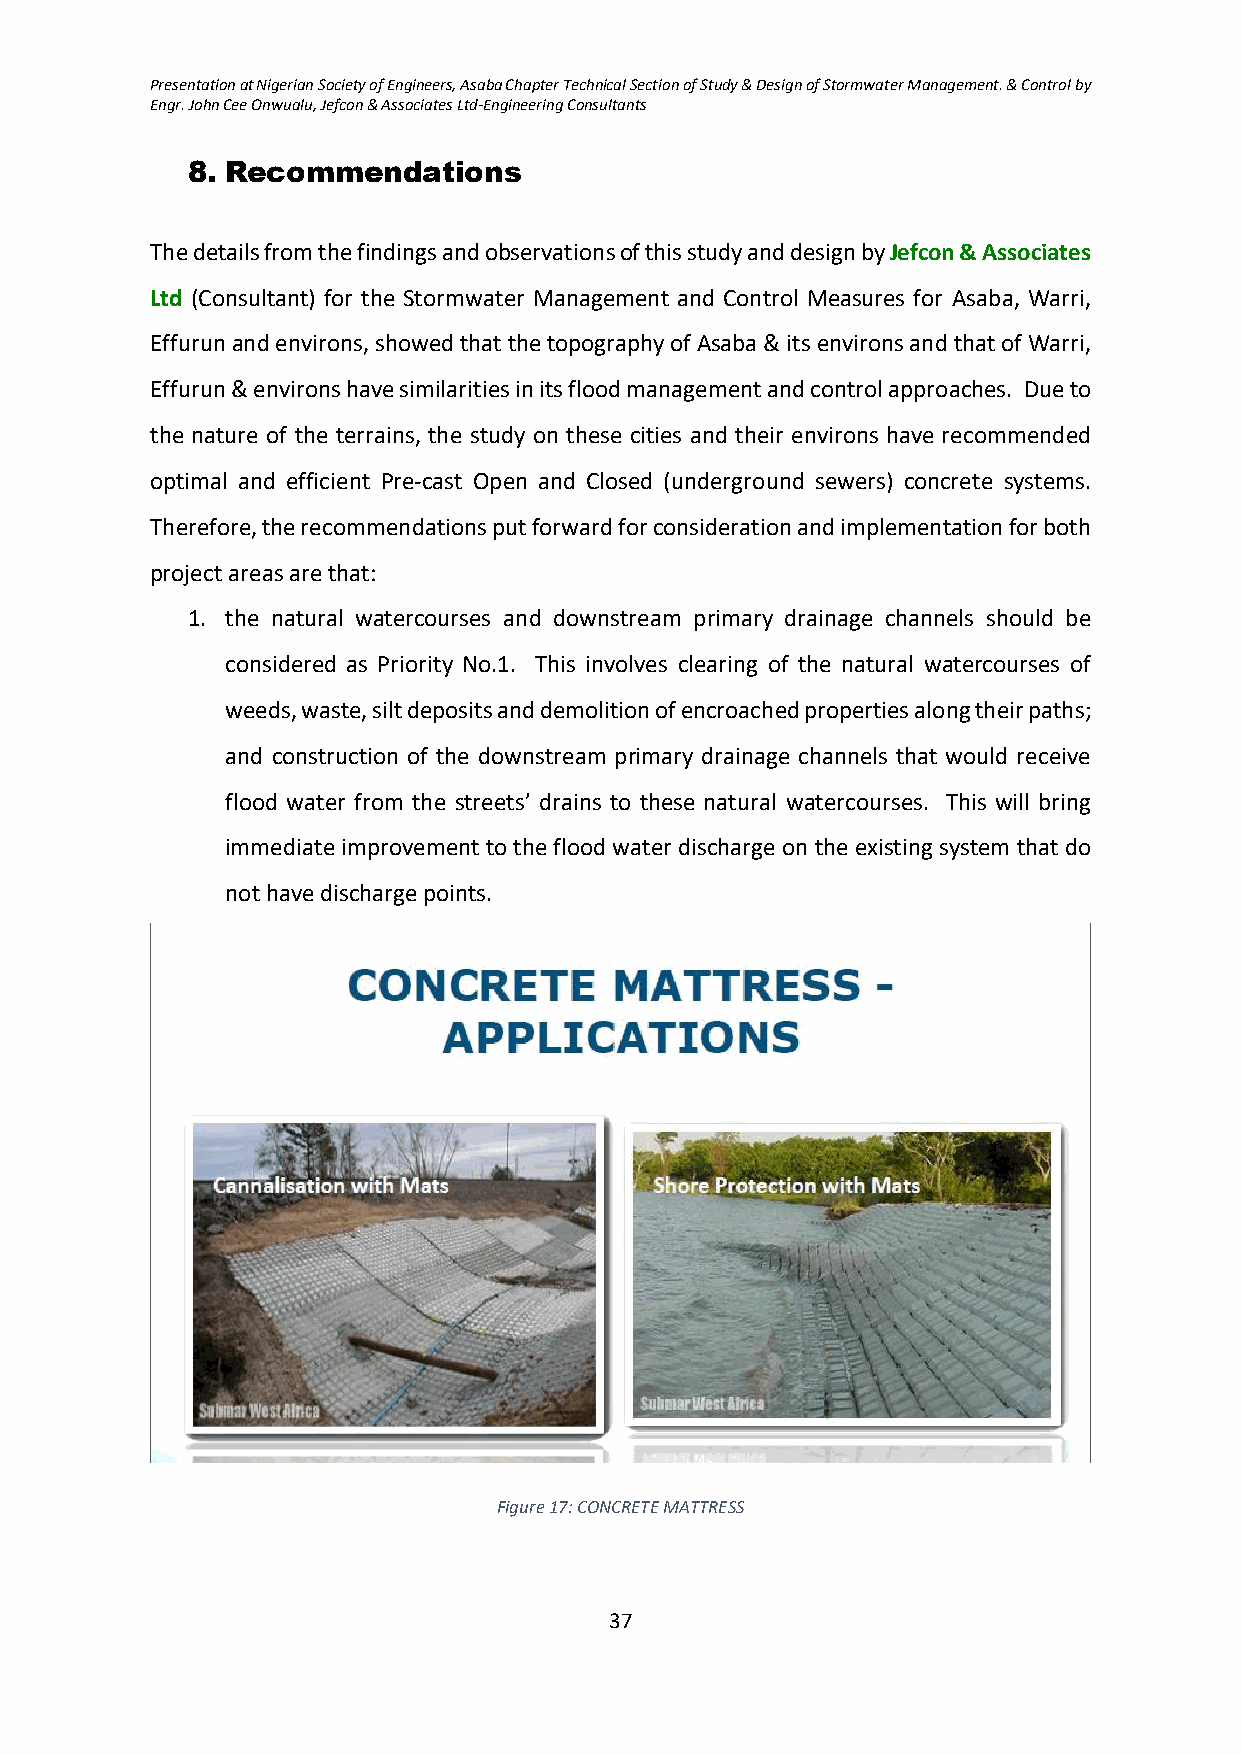
Presentation at Nigerian Society of Engineers, Asaba Chapter Technical Section of Study & Design of Stormwater Management. & Control by
 Engr. John Cee Onwualu, Jefcon & Associates Ltd-Engineering Consultants
 8. Recommendations
 The details from the findings and observations of this study and design by Jefcon & Associates
 Ltd (Consultant) for the Stormwater Management and Control Measures for Asaba, Warri,
 Effurun and environs, showed that the topography of Asaba & its environs and that of Warri,
 Effurun & environs have similarities in its flood management and control approaches. Due to
 the nature of the terrains, the study on these cities and their environs have recommended
 optimal and efficient Pre-cast Open and Closed (underground sewers) concrete systems.
 Therefore, the recommendations put forward for consideration and implementation for both
 project areas are that:
 1. the natural watercourses and downstream primary drainage channels should be
 considered as Priority No.1. This involves clearing of the natural watercourses of
 weeds, waste, silt deposits and demolition of encroached properties along their paths;
 and construction of the downstream primary drainage channels that would receive
 flood water from the streets’ drains to these natural watercourses. This will bring
 immediate improvement to the flood water discharge on the existing system that do
 not have discharge points.
 Figure 17: CONCRETE MATTRESS
 37